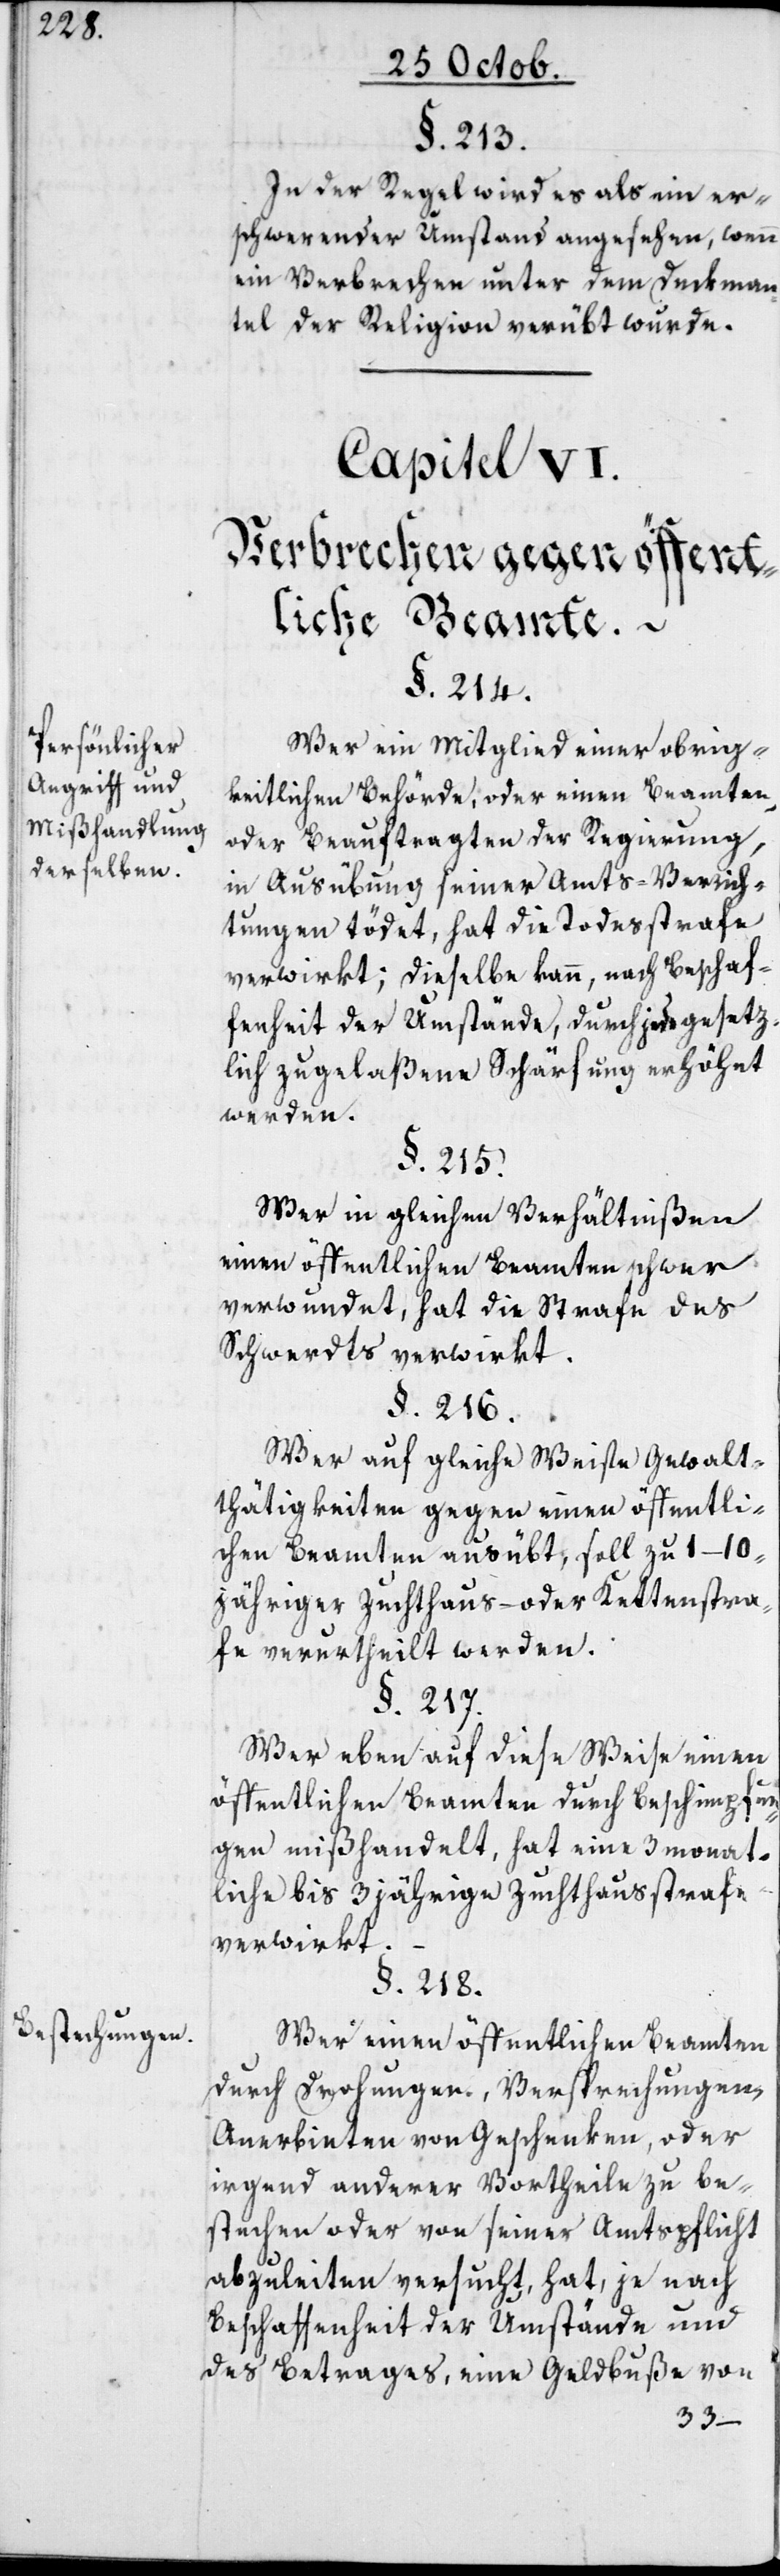
Persönlicher
Angriff und
Mißhandlung
derselben.
Bestechungen.

§. 213.
In der Regel wird es als ein er¬
schwerender Umstand angesehen, wenn
ein Verbrechen unter dem Deckman¬
tel der Religion verübt wurde.
Capitel VI.
Verbrechen gegen öffent¬
liche Beamte.
§. 214.
Wer ein Mitglied einer obrig¬
keitlichen Behörde oder einen Beamten
oder Beauftragten der Regierung,
in Ausübung seiner Amts-Verrich¬
tungen tödet, hat die Todesstrafe
verwirkt; dieselbe kann, nach Beschaf¬
fenheit der Umstände, durch jede gesetz¬
lich zugelaßene Schärfung erhöhet
werden.
§. 215.
Wer in gleichen Verhältnißen
einen öffentlichen Beamten schwer
verwundet, hat die Strafe des
Schwerdts verwirkt.
§. 216.
Wer auf gleiche Weise Gewalt¬
thätigkeiten gegen einen öffentli¬
chen Beamten ausübt, soll zu 1–10
jähriger Zuchthaus- oder Kettenstra¬
fe verurtheilt werden.
§. 217.
Wer eben auf diese Weise einen
öffentlichen Beamten durch Beschimpfun¬
gen mißhandelt, hat eine 3 monat¬
liche bis 3 jährige Zuchthausstrafe
verwirkt.
§. 218.
Wer einen öffentlichen Beamten
durch Drohungen, Versprechungen,
Anerbieten von Geschenken, oder
irgend anderer Vortheile zu be¬
stechen oder von seiner Amtspflicht
abzuleiten versucht, hat, je nach
Beschaffenheit der Umstände und
des Betrages, eine Geldbuße von